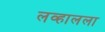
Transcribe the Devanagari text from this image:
लव्हालला